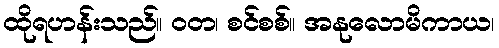
ထိုရဟန်းသည်။ ဝတ၊ စင်စစ်။ အနုလောမိကာယ၊